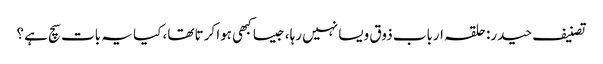
تصنیف حیدر: حلقہ ارباب ذوق ویسا نہیں رہا، جیسا کبھی ہوا کرتا تھا، کیا یہ بات سچ ہے؟